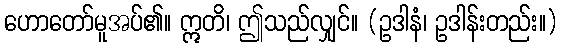
ဟောတော်မူအပ်၏။ ဣတိ၊ ဤသည်လျှင်။ (ဥဒါနံ၊ ဥဒါန်းတည်း။)